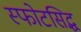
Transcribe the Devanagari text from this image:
स्फोटसिद्ध